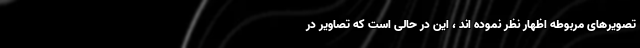
تصویرهای مربوطه اظهار نظر نموده اند ، این در حالی است که تصاویر در